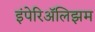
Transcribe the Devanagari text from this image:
इंपेरिॲलिझम